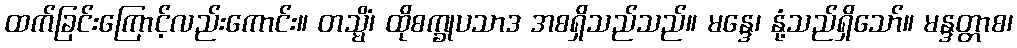
ထက်ခြင်းကြောင့်လည်းကောင်း။ တသ္မိံ၊ ထိုစက္ခုပသာဒ အစရှိသည်သည်။ မန္ဒေ၊ နုံ့သည်ရှိသော်။ မန္ဒတ္တာစ၊